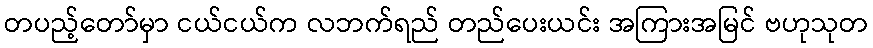
တပည့်တော်မှာ ငယ်ငယ်က လဘက်ရည် တည်ပေးယင်း အကြားအမြင် ဗဟုသုတ